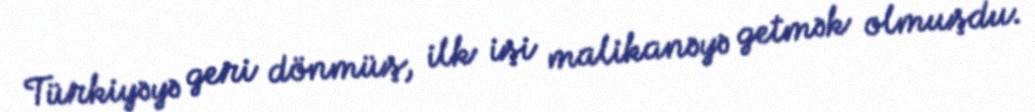
Türkiyəyə geri dönmüş, ilk işi malikanəyə getmək olmuşdu.